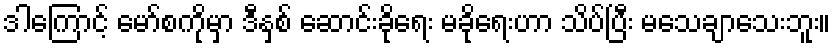
ဒါကြောင့် မော်စကိုမှာ ဒီနှစ် ဆောင်းခိုရေး မခိုရေးဟာ သိပ်ပြီး မသေချာသေးဘူး။